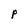
Character: P